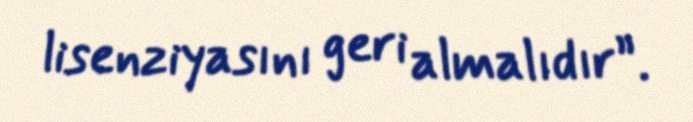
lisenziyasını geri almalıdır”.